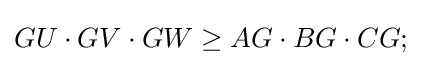
GU\cdot GV\cdot GW\geq AG\cdot BG\cdot CG;